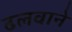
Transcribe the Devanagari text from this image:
ढलवाने